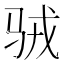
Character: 𱅉